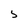
Character: 5